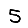
Digit: 5